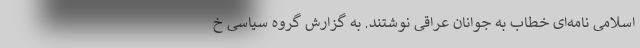
اسلامی نامه‌ای خطاب به جوانان عراقی نوشتند. به گزارش گروه سیاسی خ